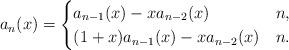
LaTeX: \begin{align*}a_n(x) =\begin{cases}a_{n-1}(x)-xa_{n-2}(x) & n ,\\(1+x)a_{n-1}(x)-xa_{n-2}(x) & n .\\\end{cases}\end{align*}